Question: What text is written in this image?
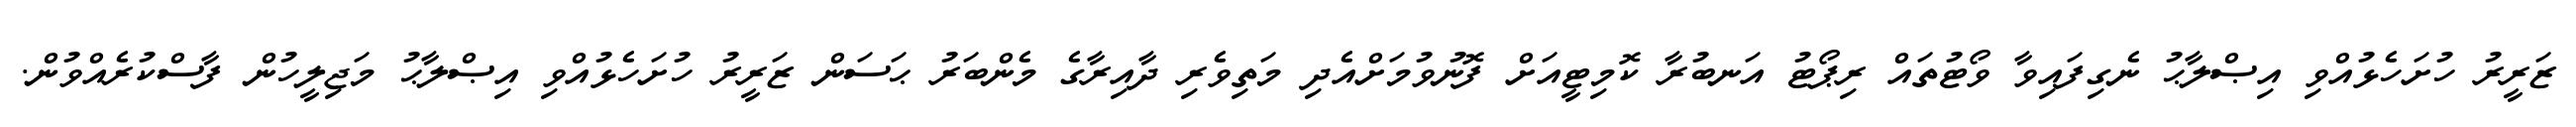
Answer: ޒަރީރު ހުށަހެޅުއްވި އިޞްލާޙު ނެގިފައިވާ ވޯޓުތައް ރިޕޯޓު އަނބުރާ ކޮމިޓީއަށް ފޮނުވުމަށްއެދި މަތިވެރި ދާއިރާގެ މެންބަރު ޙަސަން ޒަރީރު ހުށަހެޅުއްވި އިޞްލާޙު މަޖިލީހުން ފާސްކުރެއްވުން.